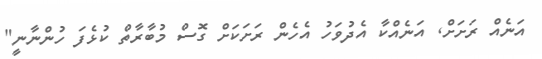
އަނެއް ރަށަށް